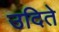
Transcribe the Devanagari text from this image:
उदिते